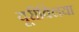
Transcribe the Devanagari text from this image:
यूरीक्लिया